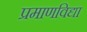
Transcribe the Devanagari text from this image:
प्रमाणविद्या